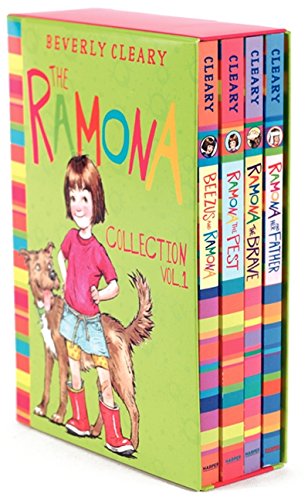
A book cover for The Ramona Collection, Vol. 1: Beezus and Ramona / Ramona the Pest / Ramona the Brave / Ramona and Her Father [4 Book Box set]; Beverly Cleary; Children's Books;